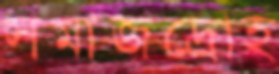
সমাজদ্রোহ